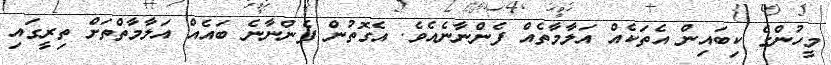
މީހުންގެ ކިބައިން އެތަކެއް އަލާމާތެއް ފެންނާނެއެވެ. އެގޮތުން ފެންނާނެ ބައެއް އަލާމާތްތަށް ތިރީގައި